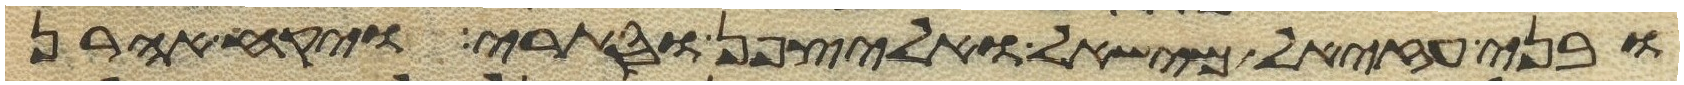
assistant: ובני עזיאל מישאל ואליצפן וסתרי ויקח אהרן